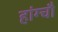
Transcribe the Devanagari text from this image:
हांग्चौ